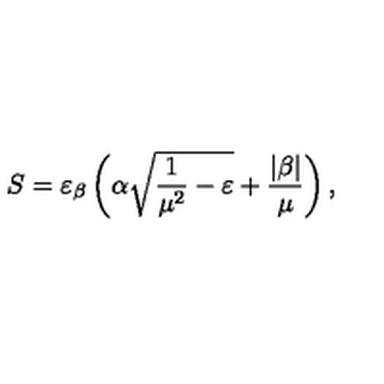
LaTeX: S = \varepsilon _ { \beta } \left( \alpha \sqrt { \frac { 1 } { \mu ^ { 2 } } - \varepsilon } + \frac { | \beta | } { \mu } \right) { , }